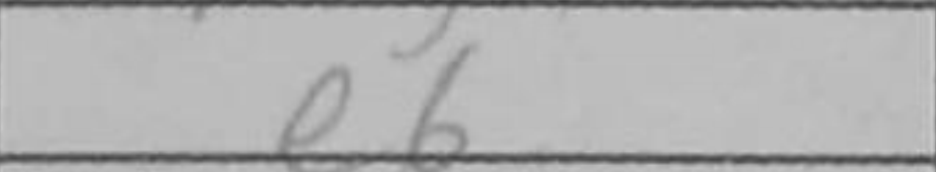
Transcription: e6